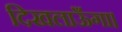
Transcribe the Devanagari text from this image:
दिखलाऊँगा।